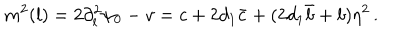
LaTeX: m ^ { 2 } ( l ) = 2 \partial _ { l } ^ { 2 } \psi _ { 0 } - v = c + 2 d _ { 1 } \bar { c } + ( 2 d _ { 1 } \bar { b } + b ) \eta ^ { 2 } \, .